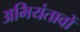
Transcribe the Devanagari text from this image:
अभियंतावों